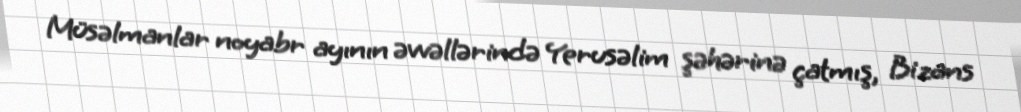
Müsəlmanlar noyabr ayının əvvəllərində Yerusəlim şəhərinə çatmış, Bizans